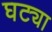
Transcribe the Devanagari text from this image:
घट्या